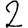
Digit: 2